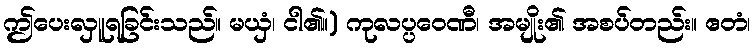
ဤပေးလှူရခြင်းသည်။ မယှံ၊ ငါ၏။) ကုလပ္ပဝေဏီ၊ အမျိုး၏ အစပ်တည်း။ ဧတံ၊